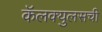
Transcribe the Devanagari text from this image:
कॅलक्युलसची